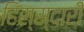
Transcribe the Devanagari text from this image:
हिस्स्दारी